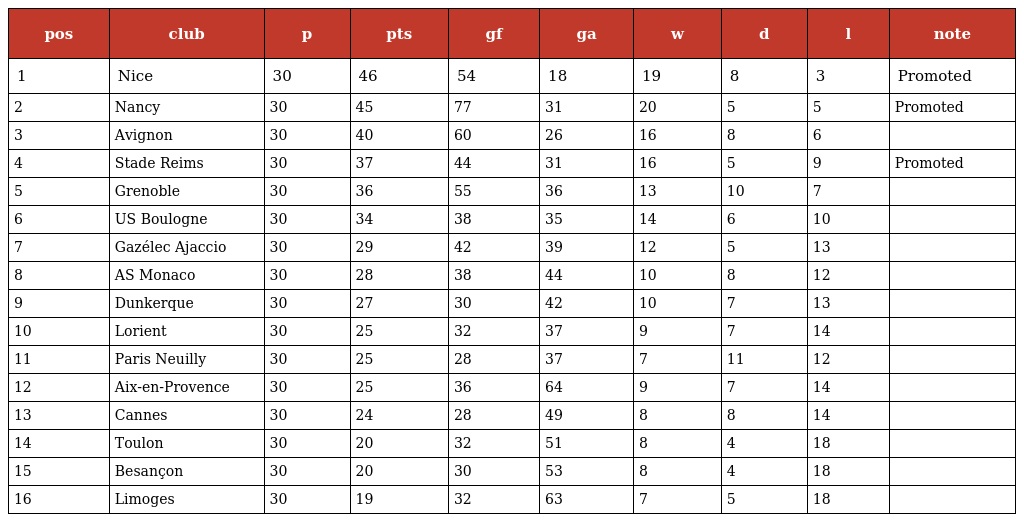
| pos | club | p | pts | gf | ga | w | d | l | note |
 | --- | --- | --- | --- | --- | --- | --- | --- | --- | --- |
 | 1 | Nice | 30 | 46 | 54 | 18 | 19 | 8 | 3 | Promoted |
 | 2 | Nancy | 30 | 45 | 77 | 31 | 20 | 5 | 5 | Promoted |
 | 3 | Avignon | 30 | 40 | 60 | 26 | 16 | 8 | 6 |  |
 | 4 | Stade Reims | 30 | 37 | 44 | 31 | 16 | 5 | 9 | Promoted |
 | 5 | Grenoble | 30 | 36 | 55 | 36 | 13 | 10 | 7 |  |
 | 6 | US Boulogne | 30 | 34 | 38 | 35 | 14 | 6 | 10 |  |
 | 7 | Gazélec Ajaccio | 30 | 29 | 42 | 39 | 12 | 5 | 13 |  |
 | 8 | AS Monaco | 30 | 28 | 38 | 44 | 10 | 8 | 12 |  |
 | 9 | Dunkerque | 30 | 27 | 30 | 42 | 10 | 7 | 13 |  |
 | 10 | Lorient | 30 | 25 | 32 | 37 | 9 | 7 | 14 |  |
 | 11 | Paris Neuilly | 30 | 25 | 28 | 37 | 7 | 11 | 12 |  |
 | 12 | Aix-en-Provence | 30 | 25 | 36 | 64 | 9 | 7 | 14 |  |
 | 13 | Cannes | 30 | 24 | 28 | 49 | 8 | 8 | 14 |  |
 | 14 | Toulon | 30 | 20 | 32 | 51 | 8 | 4 | 18 |  |
 | 15 | Besançon | 30 | 20 | 30 | 53 | 8 | 4 | 18 |  |
 | 16 | Limoges | 30 | 19 | 32 | 63 | 7 | 5 | 18 |  |